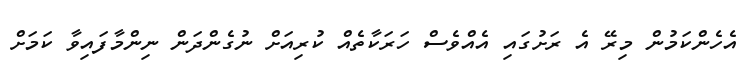
އެހެންކަމުން މިރޭ އެ ރަށުގައި އެއްވެސް ހަރަކާތެއް ކުރިއަށް ނުގެންދަން ނިންމާފައިވާ ކަމަށް